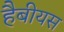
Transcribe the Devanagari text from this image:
हैबीयस